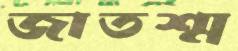
জাতশ্ম